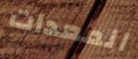
المعدات